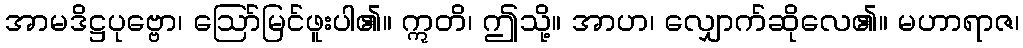
အာမဒိဋ္ဌပုဗ္ဗော၊ ဩော်မြင်ဖူးပါ၏။ ဣတိ၊ ဤသို့။ အာဟ၊ လျှောက်ဆိုလေ၏။ မဟာရာဇ၊